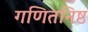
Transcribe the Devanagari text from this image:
गणितनिष्ठ